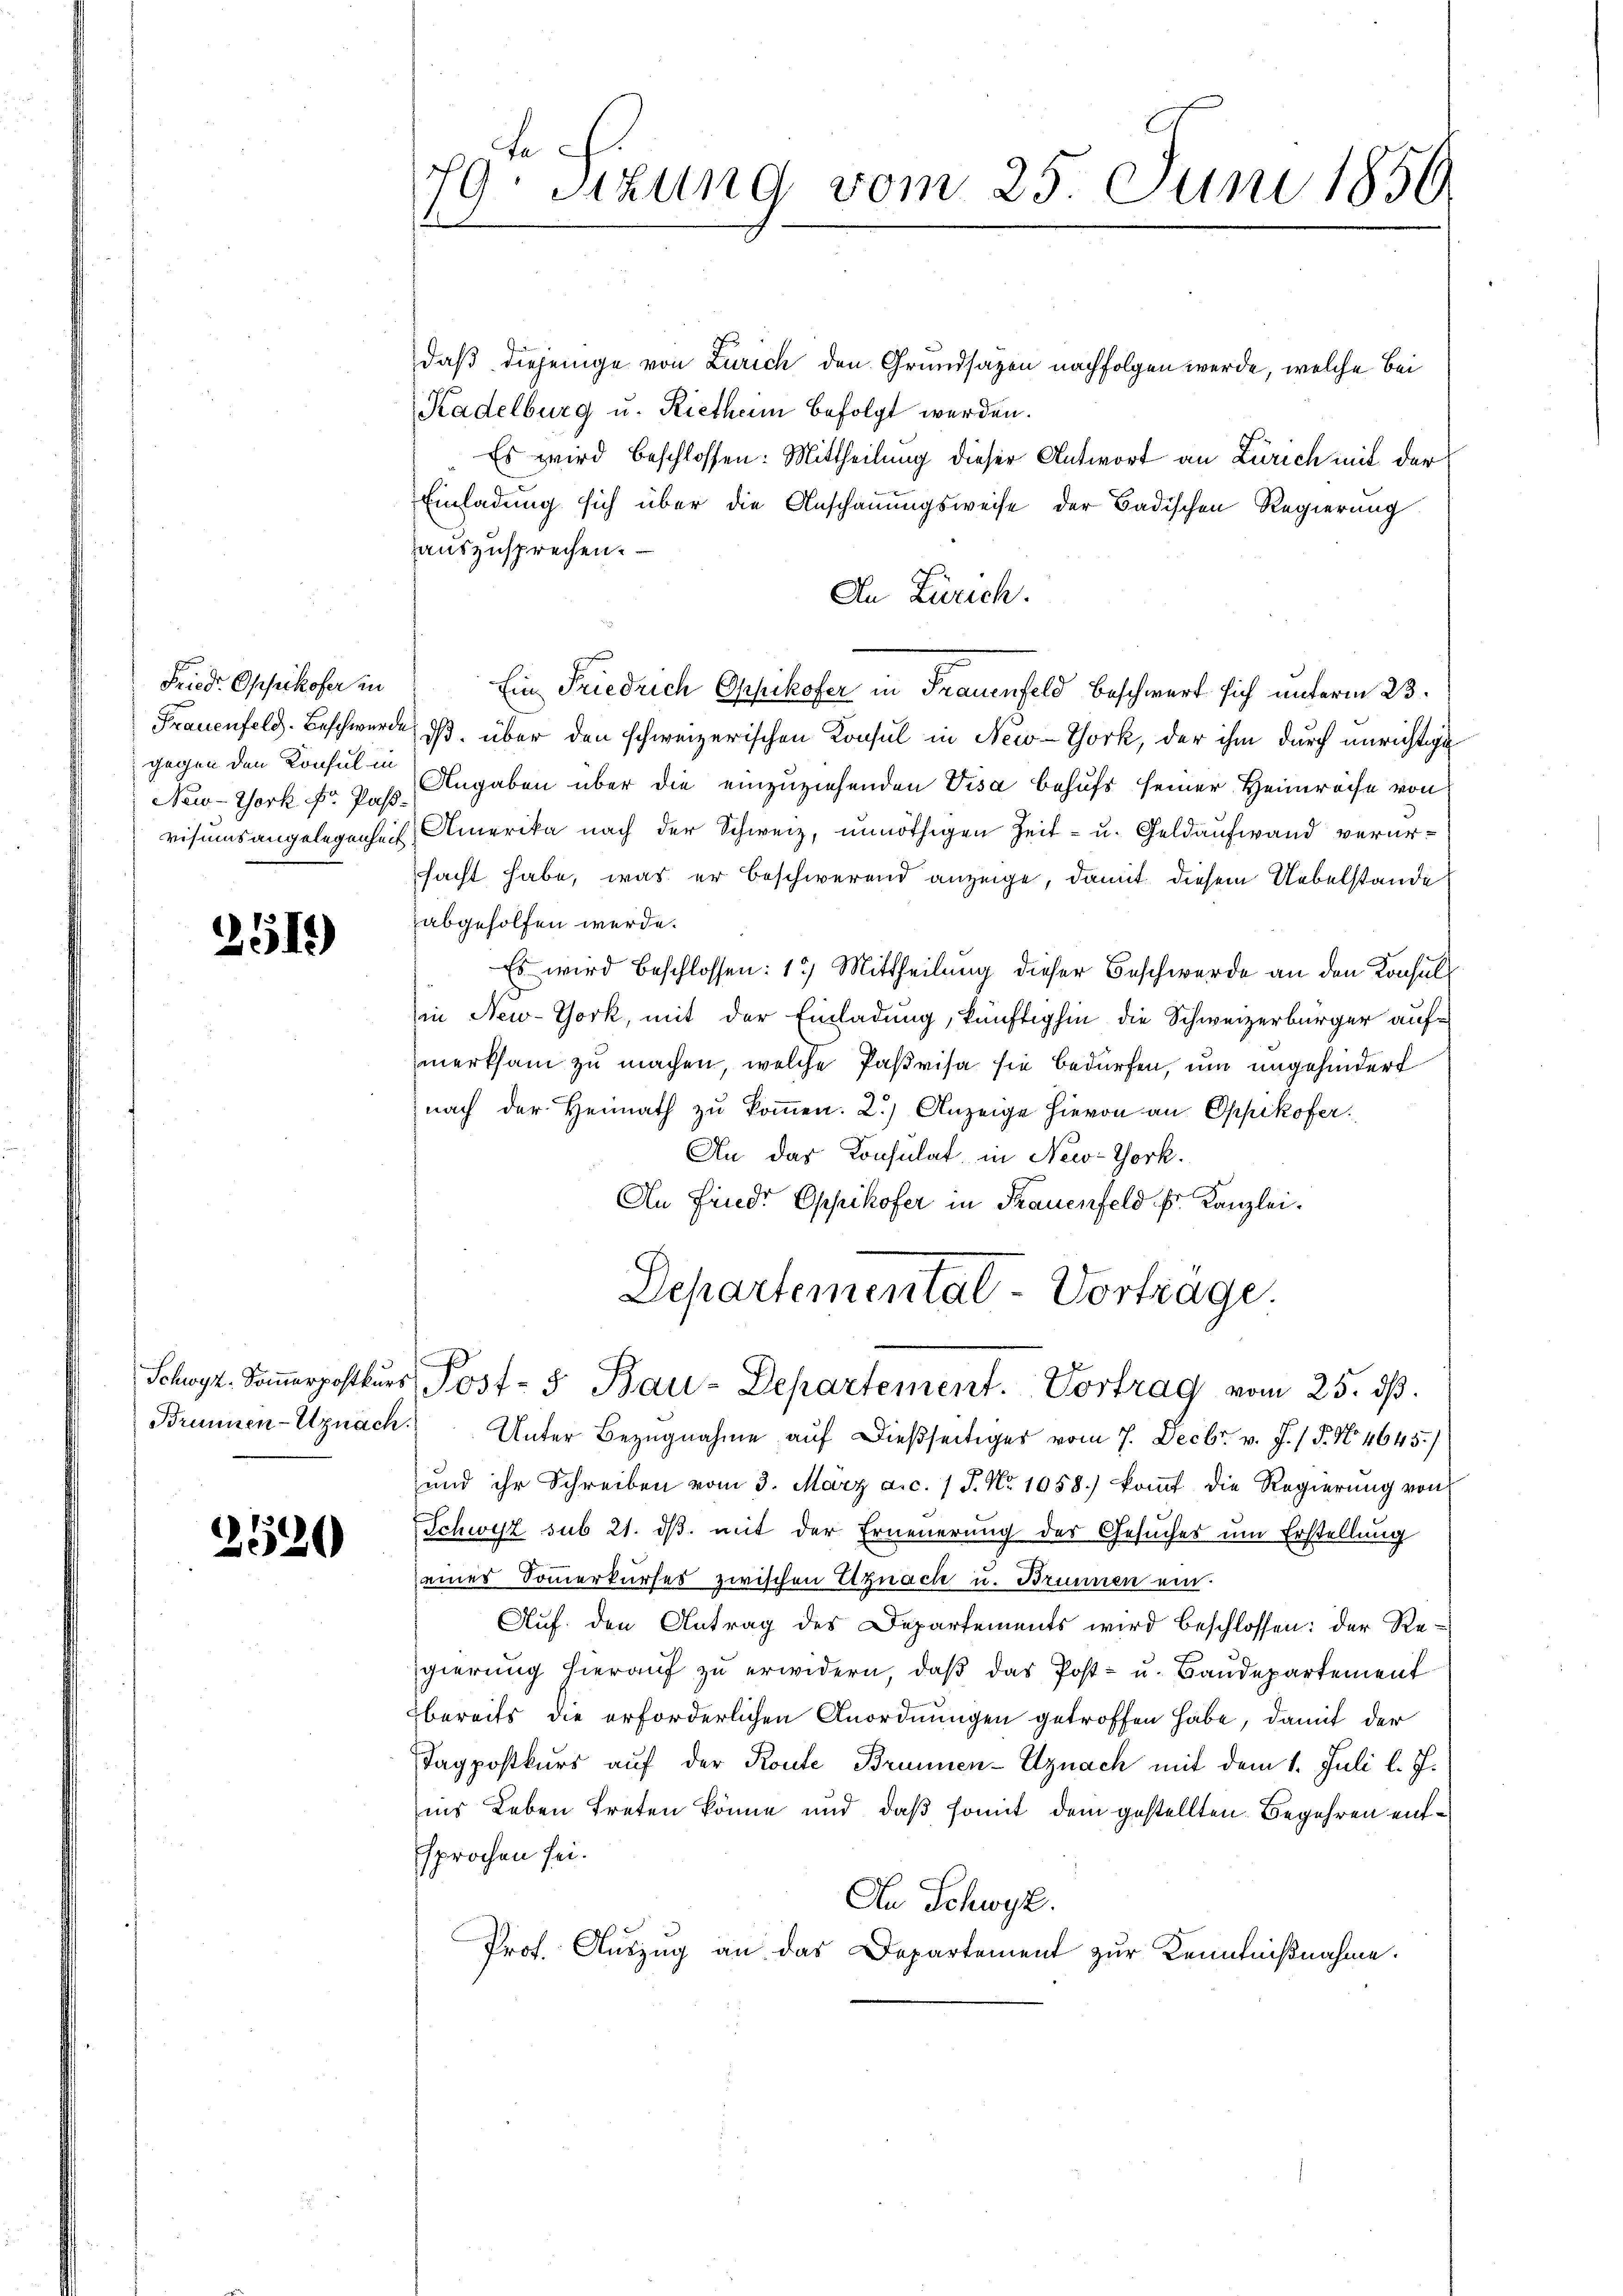
Friedr. Opfikofer in
gegen den Konsul in

2515)

Brunnen-Uznach.

2520

te
79. Sizung vom 25. Juni 1856
s

daß diejenige von Zürich den Grundsazen nachfolgen werde, welche bei
Kadelburg u. Rietheim befolgt werden.
Es wird beschlossen: Mittheilung dieser Antwort an Zürich mit der
Einladung sich über die Anschauungsweise der Badischen Regierung
auszusprechen.
An Zürich.
Ein Friedrich Oppikofer in Frauenfeld beschwert sich unterm 23.
Frauenfeld. Beschwerde, daß über den schweizerischen Konsul in New-York, der ihm durch unrichtige
New-York fr pp. Angaben über die einzuziehenden Visa behufs seiner Heimreise von
visums angelegenheit, Amerika nach der Schweiz, unnöthigen Zeit- u. Geldaufwand verurfacht habe, was er beschwerend anzeige, damit diesem Uebelstande
abgeholfen werde.
Es wird beschlossen: 15 Mittheilung dieser Beschwerde an den Konsulin New-York, mit der Einladung, künftighin die Schweizerbürger aufmerksam zu machen, welche Pasvisa sie bedürfen, um ungehindert
nach der Heimath zu kommen. 2.) Anzeige hievon an Oppikofer
An das Konsulat in New-York.
An Friedr Oppikofer in Frauenfeld fr. Kanzlei.
Departemental-Vorträge.

Schwyz. Soṁerpostkŭrs Post- 5 Bau-Departement. Vortrag vom 25. dβ.

Unter Bezugnahme auf dießseitiger vom 7. Decbr. v. J. / 5. No 4645.)
ŭnd ihr Schreiben vom 3. März a.c. 1 P. Nr. 1058.) koṁt die Regierŭng von
Schwyz sub 21. dβ. mit der Erneuerung des Gesuches um Erstellung
eines Sommerkurses zwischen Egnach u. Brunnen ein.
Auf den Antrag des Departements wird beschlossen: der Regierung hieraŭf zŭ erwidern, daβ das Post- u. Baŭdepartement
bereits die erforderlichen Anordnungen getroffen habe, damit der
Tagpostkurs auf der Konte Brunnen-Uznach mit dem 1. Juli l. J.
ins Leben treten könne und daß somit dem gestellten Begehren entsprochen sei.
An Schwyz.
Prof. Auszug an das Departement zur Kenntnißnahme.